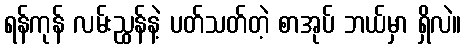
ရန်ကုန် လမ်းညွှန်နဲ့ ပတ်သတ်တဲ့ စာအုပ် ဘယ်မှာ ရှိလဲ။